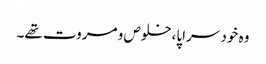
وہ خود سراپا،خلوص و مروت تھے۔